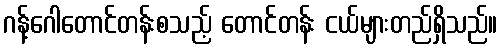
ဂန့်ဂေါတောင်တန်းစသည့် တောင်တန်း ငယ်များတည်ရှိသည်။